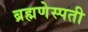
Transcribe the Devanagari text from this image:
ब्रह्मणेस्पती